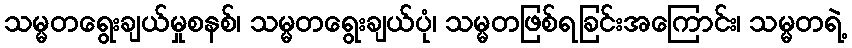
သမ္မတရွေးချယ်မှုစနစ်၊ သမ္မတရွေးချယ်ပုံ၊ သမ္မတဖြစ်ရခြင်းအကြောင်း၊ သမ္မတရဲ့